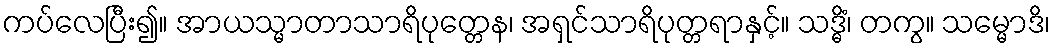
ကပ်လေပြီး၍။ အာယသ္မာတာသာရိပုတ္တေန၊ အရှင်သာရိပုတ္တရာနှင့်။ သဒ္ဓိံ၊ တကွ။ သမ္မောဒိ၊